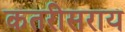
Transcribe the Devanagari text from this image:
कतरीसराय